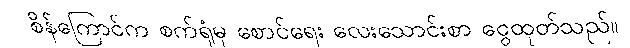
စိန်ကြောင်က စက်ရုံမှ စောင်ရေး လေးသောင်းစာ ငွေထုတ်သည်။